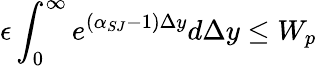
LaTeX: \epsilon\int_{0}^{\infty}e^{(\alpha_{SJ}-1)\Delta y}d\Delta y\leq W_{p}